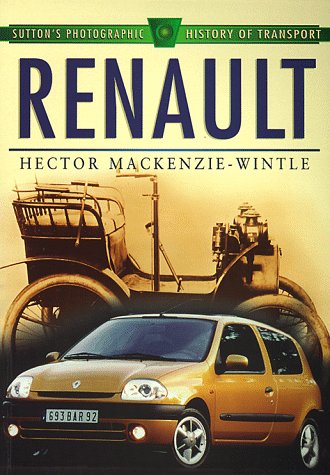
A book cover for Renault (Sutton's Photographic History of Transport); Hector Mackenzie-Wintle; Engineering & Transportation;